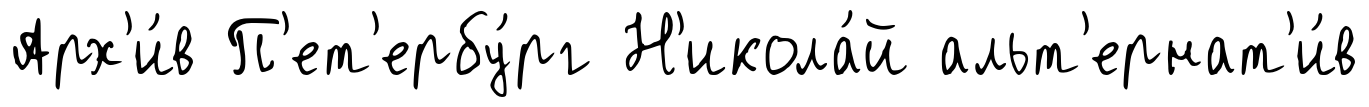
Арх'и́в П'ет'ербу́рг Н'икола́й альт'ернат'и́в